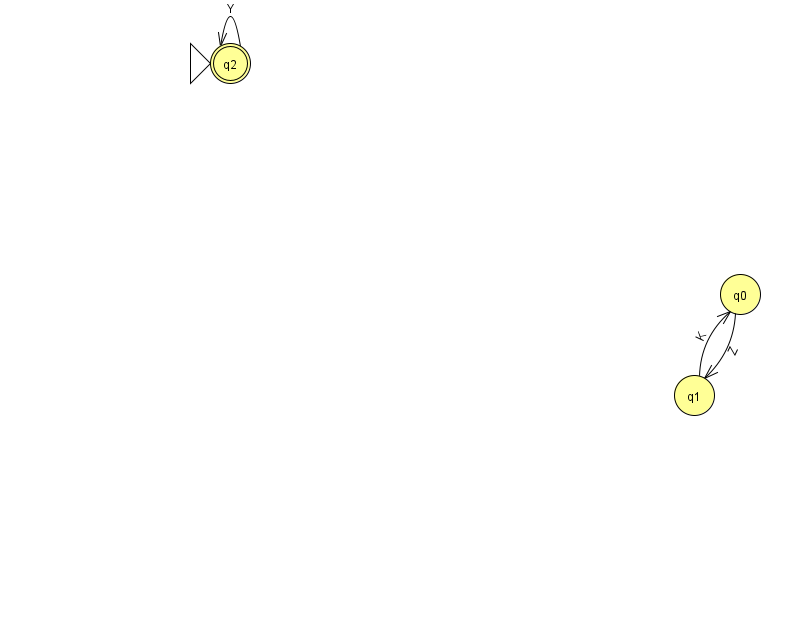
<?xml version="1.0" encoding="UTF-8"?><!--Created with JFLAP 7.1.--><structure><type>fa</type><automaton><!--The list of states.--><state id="0" name="q0"><x>740.0</x><y>281.0</y></state><state id="1" name="q1"><x>694.0</x><y>382.0</y></state><state id="2" name="q2"><x>230.0</x><y>50.0</y><initial/><final/></state><!--The list of transitions.--><transition><from>0</from><to>1</to><read>Z</read></transition><transition><from>1</from><to>0</to><read>K</read></transition><transition><from>2</from><to>2</to><read>Y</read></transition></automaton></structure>